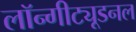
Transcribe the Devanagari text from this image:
लॉन्गीट्यूडनल